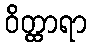
ဝိတ္ထာရာ